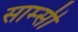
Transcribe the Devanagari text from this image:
साम्सी